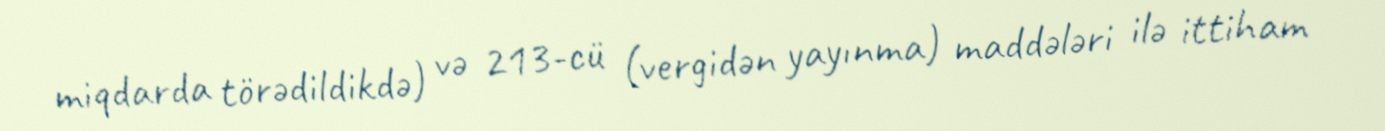
miqdarda törədildikdə) və 213-cü (vergidən yayınma) maddələri ilə ittiham